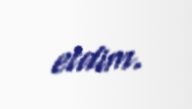
etdim.